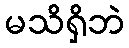
မသိရှိဘဲ